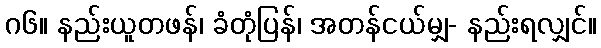
ဂ၆။ နည်းယူတဖန်၊ ခံတုံပြန်၊ အတန်ငယ်မျှ- နည်းရလျှင်။